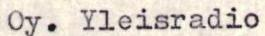
Oy. Yleisradio